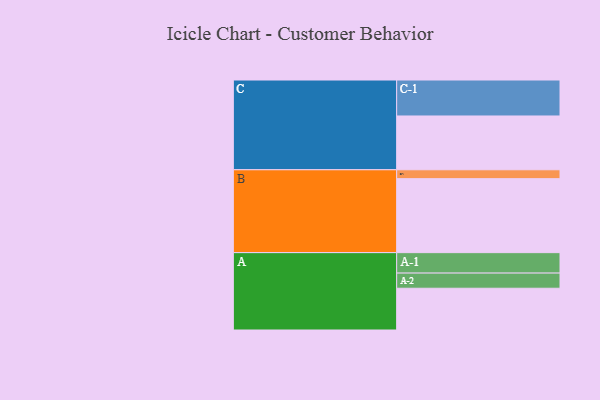
{"axis": {"x": "Segment", "y": "Value"}, "legend": ["", "A", "B", "C"], "data": [{"x": "A", "y": 333, "type": ""}, {"x": "B", "y": 590, "type": ""}, {"x": "C", "y": 429, "type": ""}, {"x": "A-1", "y": 163, "type": "A"}, {"x": "A-2", "y": 121, "type": "A"}, {"x": "B-1", "y": 71, "type": "B"}, {"x": "C-1", "y": 287, "type": "C"}]}